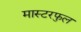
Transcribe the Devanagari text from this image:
मास्टरफुल